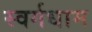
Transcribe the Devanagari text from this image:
स्वर्गधाम